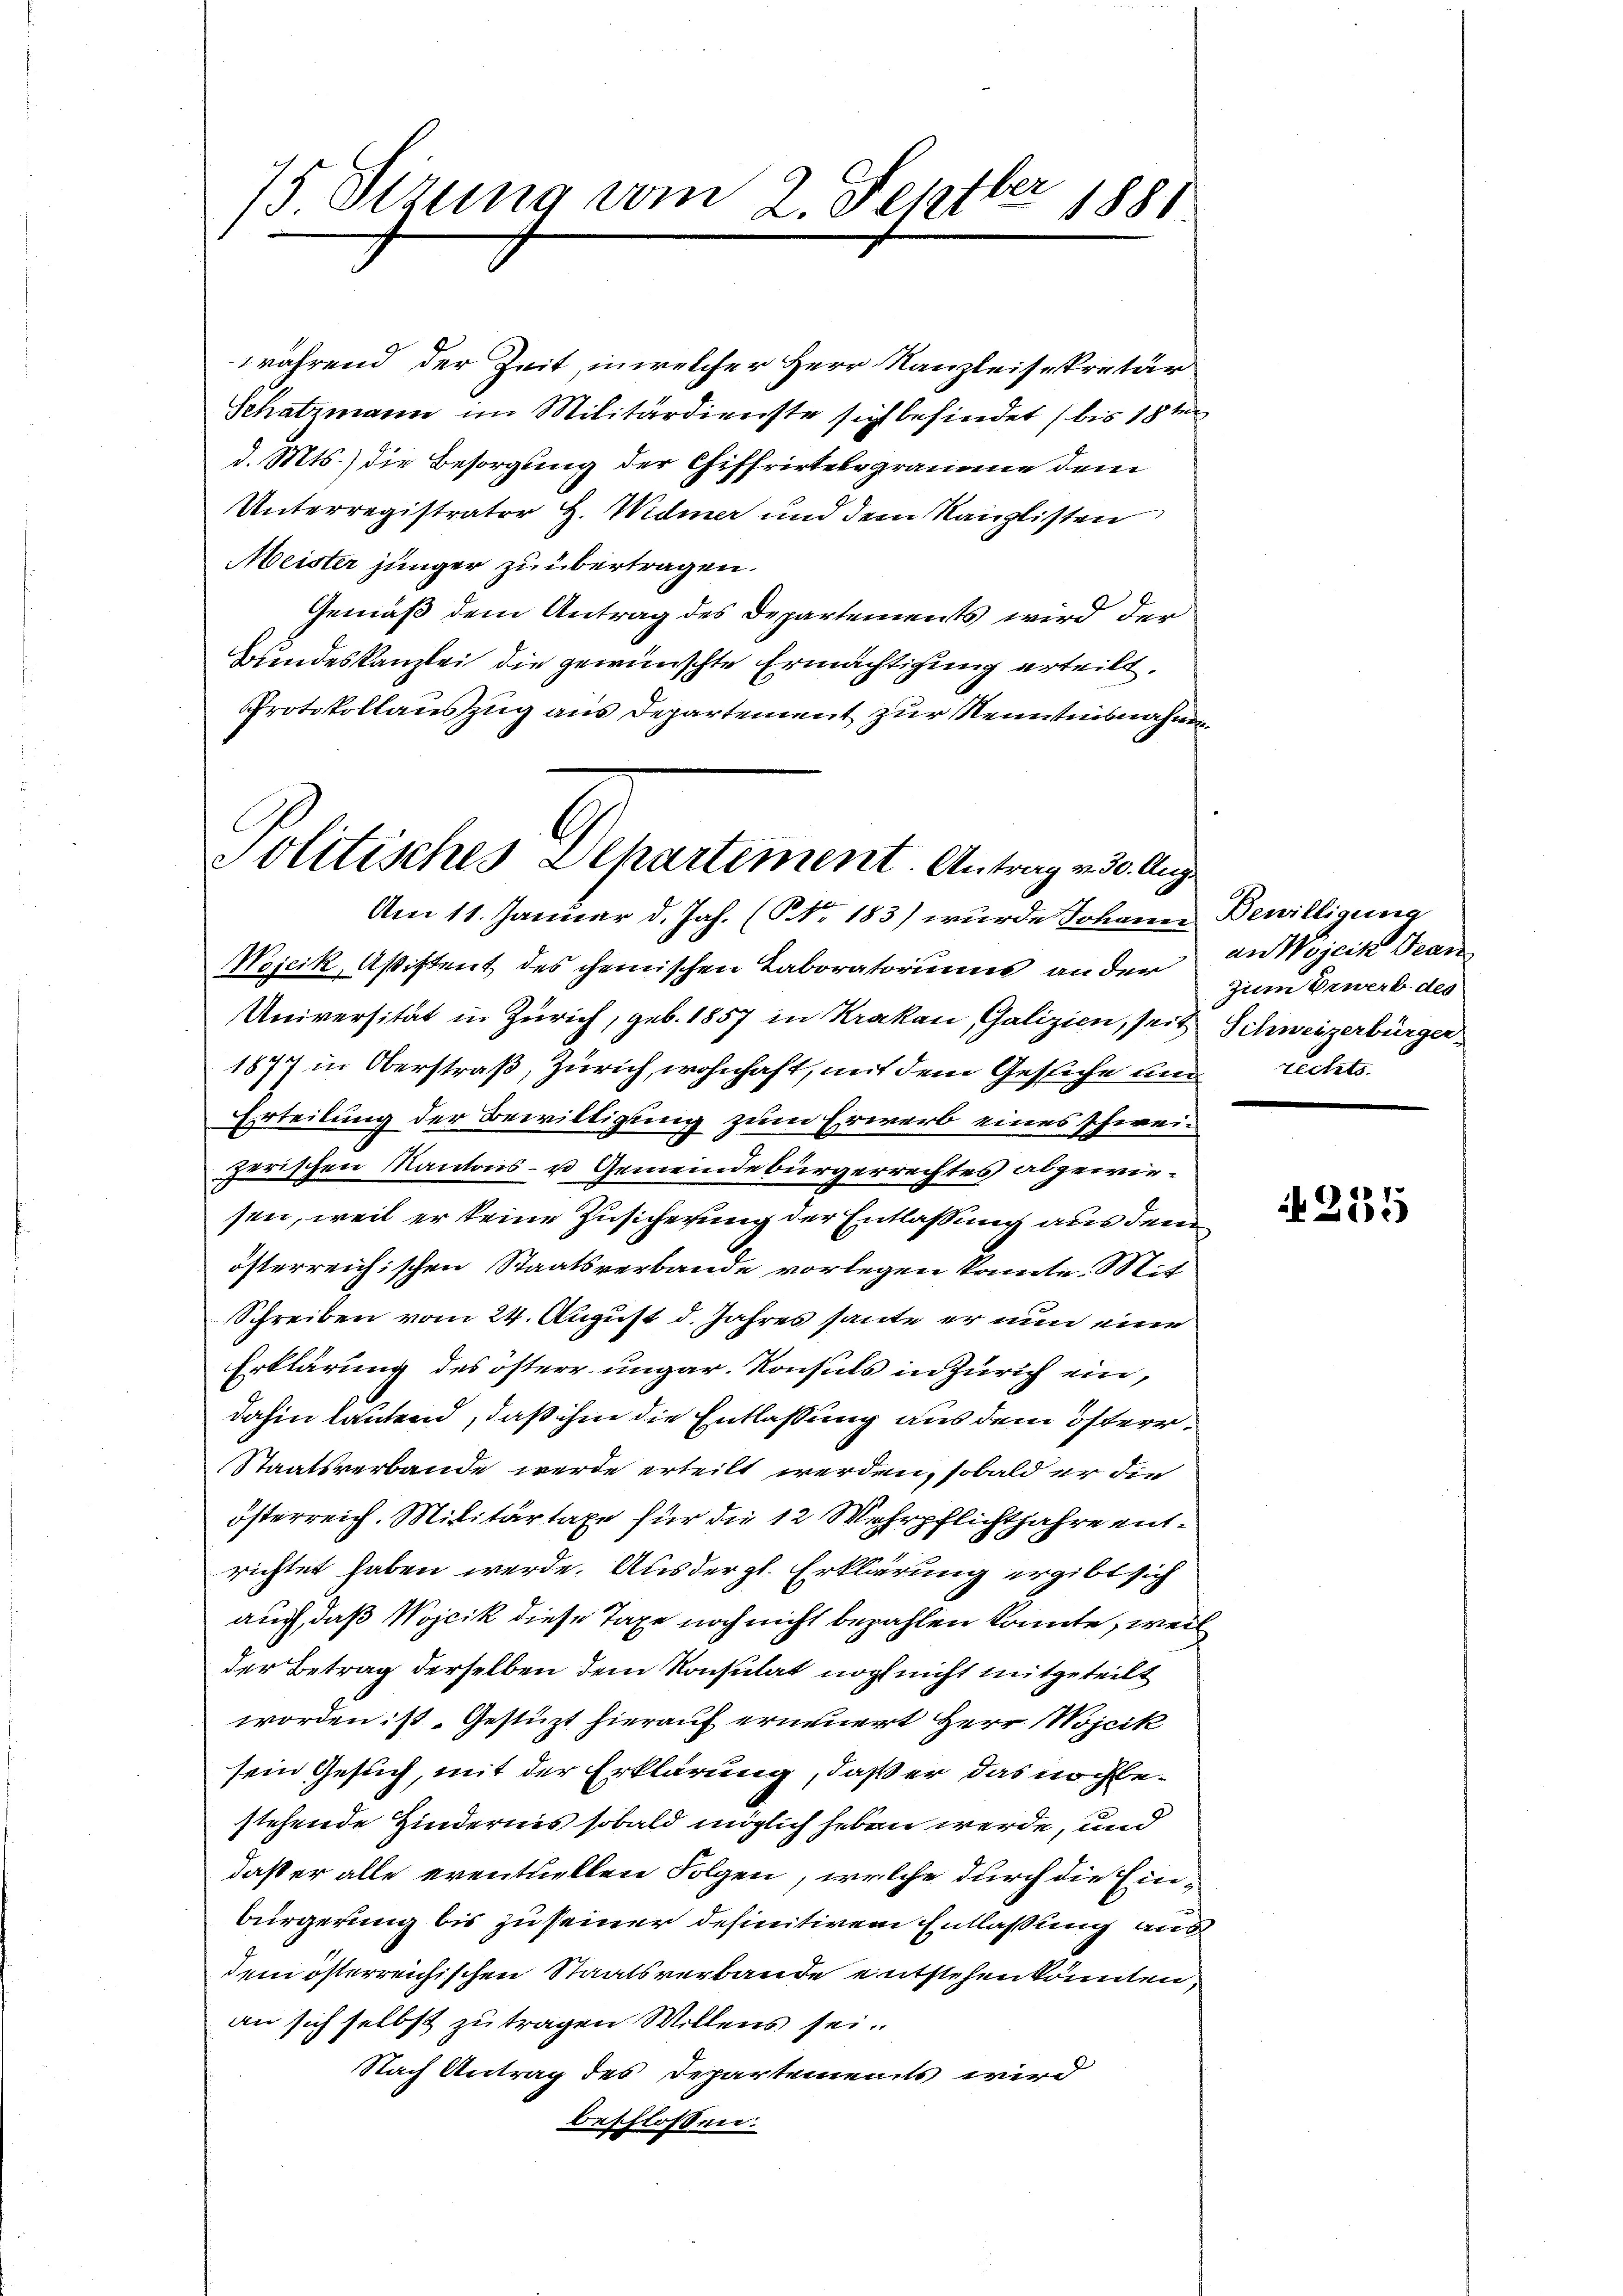
75 Sizung vom 2. Septber 1881

während der Zeit, in welcher Herr Kanzleisekretär
Schatzmann im Militärdienste sich befindet (bis 18ten
d. Mts. die Besorgung der Chiffrirtelegramme dem
Unterregistrator H. Widmer und dem Kanzlisten
Meister jünger zu übertragen.
Gemäß dem Antrag des Departements wird der
Bundeskanzlei die gewünschte Ermächtigung erteilt.
Protokollauszug aus Departement zur Kenntnisnahmen
Am 11. Januar d. Jah. (NNo. 183) wurde Johann Bewilligung
Nojcik, Aßistent des chemischen Laboratoriums an der
Universität in Zürich, geb. 1857 in Krakau, Galizien, seit Schweizerbürger¬
1877 in Oberstraß, Zürich, wohnhaft, mit dem Gesuche und rechts
Erteilung der Bewilligung zum Erwerb eines schweizerischen Kantons- u Gemeindebürgerrechtes abgewiesen, weil er keine Zusicherung der Entlassung aus dem
österreichischen Staatsverbande vorlegen könnte. Mit
Schreiben vom 24. August d. Jahres heute er nun eine
Erklärung des österr ungar. Konsuls in Zürich ein,
dahin lautend, daß ihm die Entlassung aus dem österr¬
Staatsverbande werde erteilt werden, sobald er die
österreich. Militärtaxe für die 12 Wehrpflichtjahre entrichtet haben werde. Aus der gl. Erklärung ergibt sich
auch, daß Wojcik diese Taxe noch nicht bezahlen könnte, weil
der Betrag derselben dem Konsulat noch nicht mitgeteilt
worden ist. Gestützt hierauf erneuert Herr Wojcik
sein Gesuch, mit der Erklärung, daß er das noch bestehende Hindernis sobald möglich haben werde, und
daß er alle eventuellen Folgen, welche durch die Einbürgerung bis zu seiner definitiven Entlaßung aus
dem österreichischen Staatsverbande entstehen könnten,
an sich selbst zu tragen Willens sei.
Nach Antrag des Departements wird
beschlossen.

b.
Politisches Departement. Antrag v. 30. Aug.

an Wojcik Fran
zum Erwerb des

255